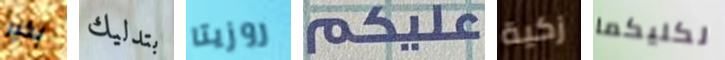
بخير بتدليك روزيتا غليكم زكية لكليكما